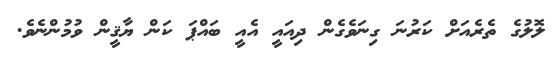
ލޮލުގެ ތެރެއަށް ކަރުނަ ގިނަވެގެން ދިއައީ އެއީ ބައްޕަ ކަން ޔާޤީން ވުމުންނެވެ.